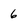
Character: 6